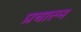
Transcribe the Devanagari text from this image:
प्रचाल्न